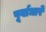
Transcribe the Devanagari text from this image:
पूर्वाधारें